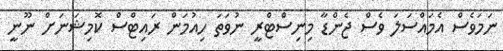
ނަމަވެސް އެމައްސަލަ ވެސް ޖެންޑާ މިނިސްޓްރީ ނުވަތަ ހިއުމަން ރައިޓްސް ކޮމިޝަނަށް ނޫނީ